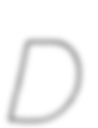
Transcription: D